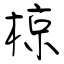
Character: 椋